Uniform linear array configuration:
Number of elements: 8
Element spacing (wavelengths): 0.25
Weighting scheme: blackman
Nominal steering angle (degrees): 45
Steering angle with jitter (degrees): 43.122
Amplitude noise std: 0.05
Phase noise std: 0.05

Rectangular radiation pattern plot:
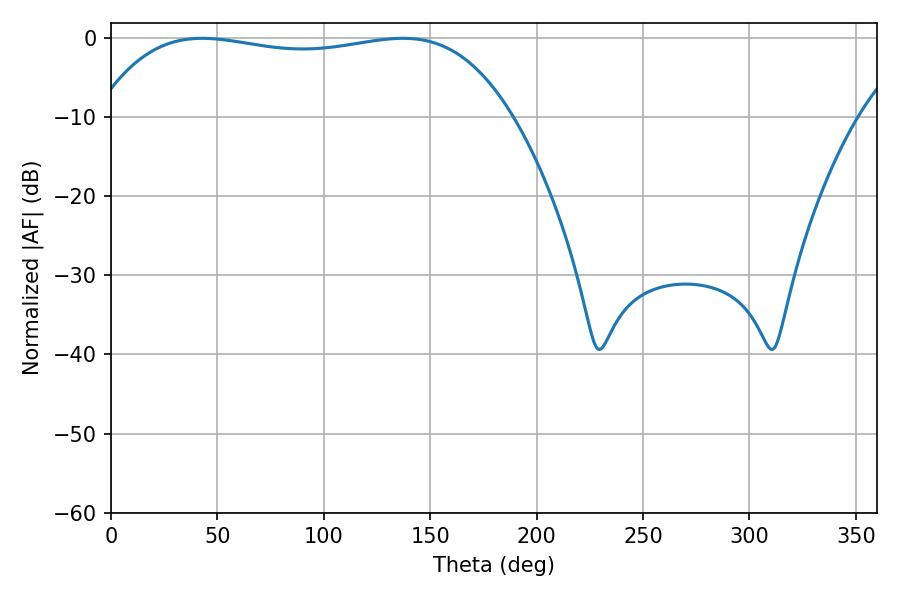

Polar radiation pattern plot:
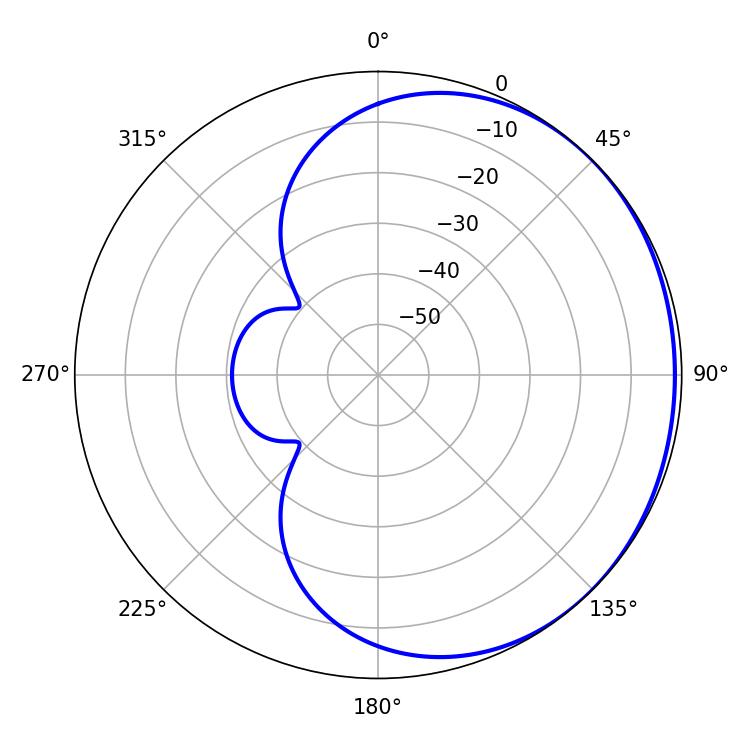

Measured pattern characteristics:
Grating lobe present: FALSE
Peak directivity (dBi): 0.7792
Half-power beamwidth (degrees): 156.24
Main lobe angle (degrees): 42.84